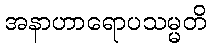
အနာဟာရောပသမ္မတိ